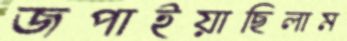
জপাইয়াছিলাম